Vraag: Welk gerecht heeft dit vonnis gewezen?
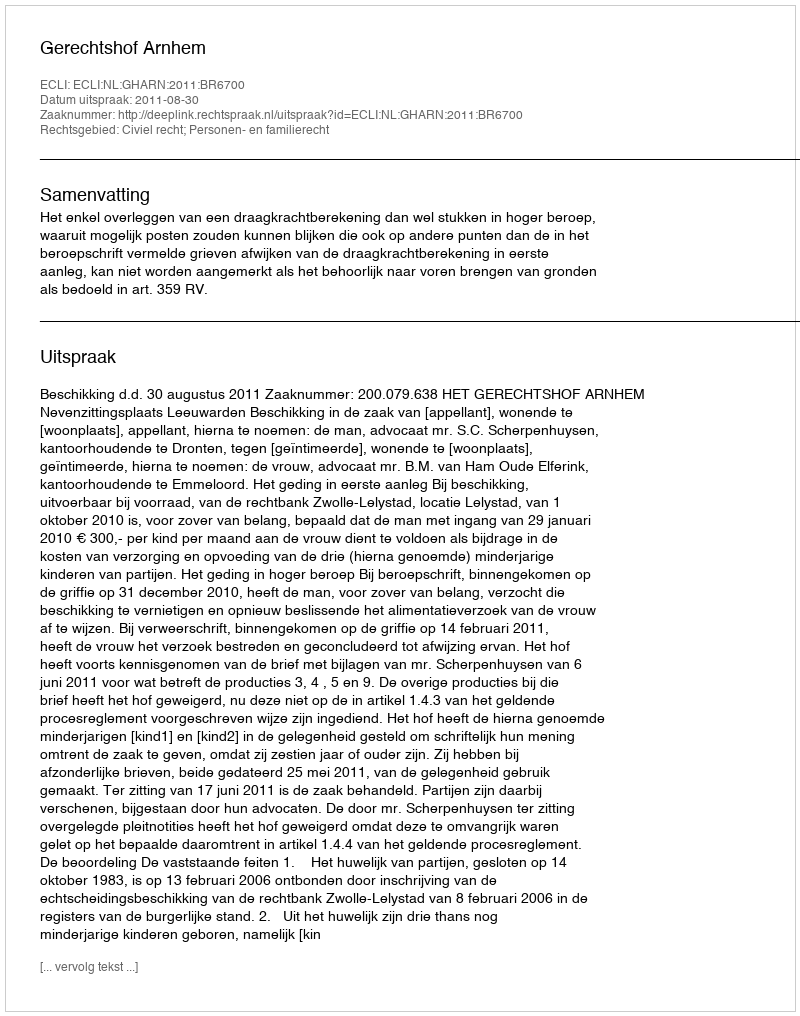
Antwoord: Gerechtshof Arnhem